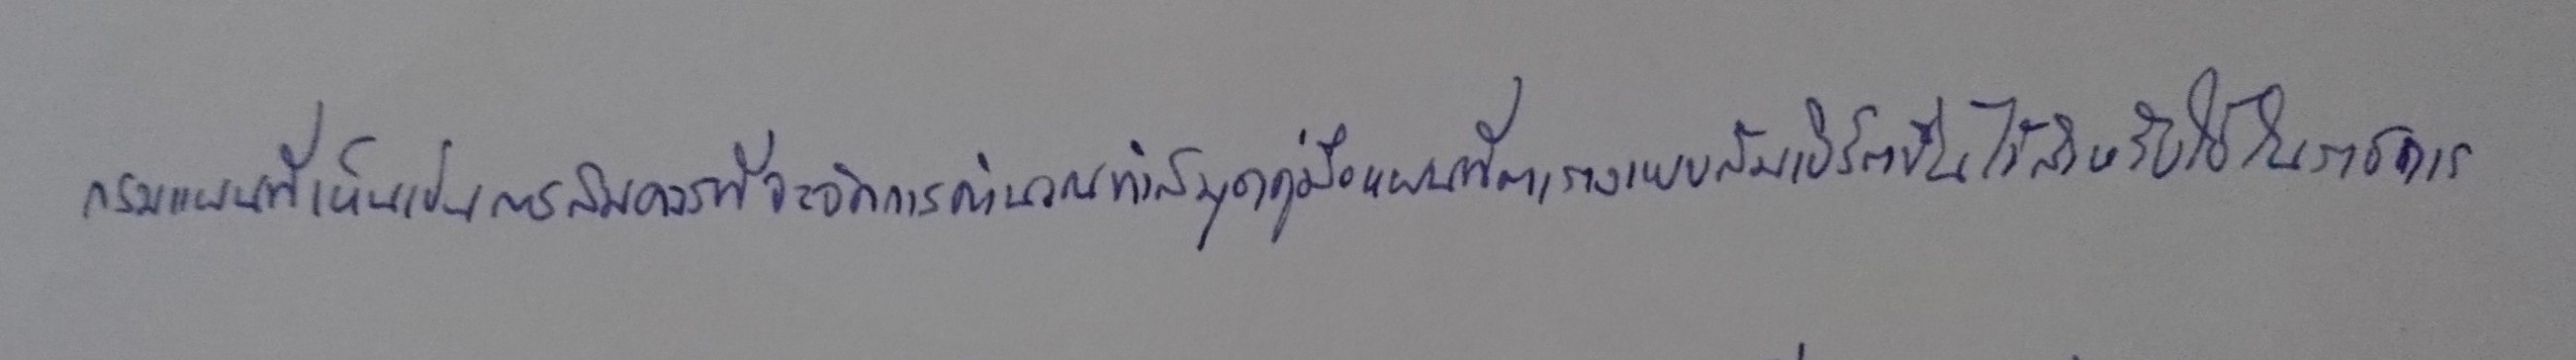
กรมแผนที่เห็นเป็นการสมควรที่จะจัดการคำนวณทำสมุดคู่มือแผนที่ตารางแบบลัมเบิร์ตขึ้นไว้สำหรับใช้ในราชการ